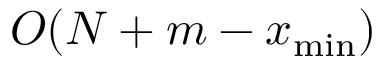
O ( N + m - x _ { \operatorname* { m i n } } )